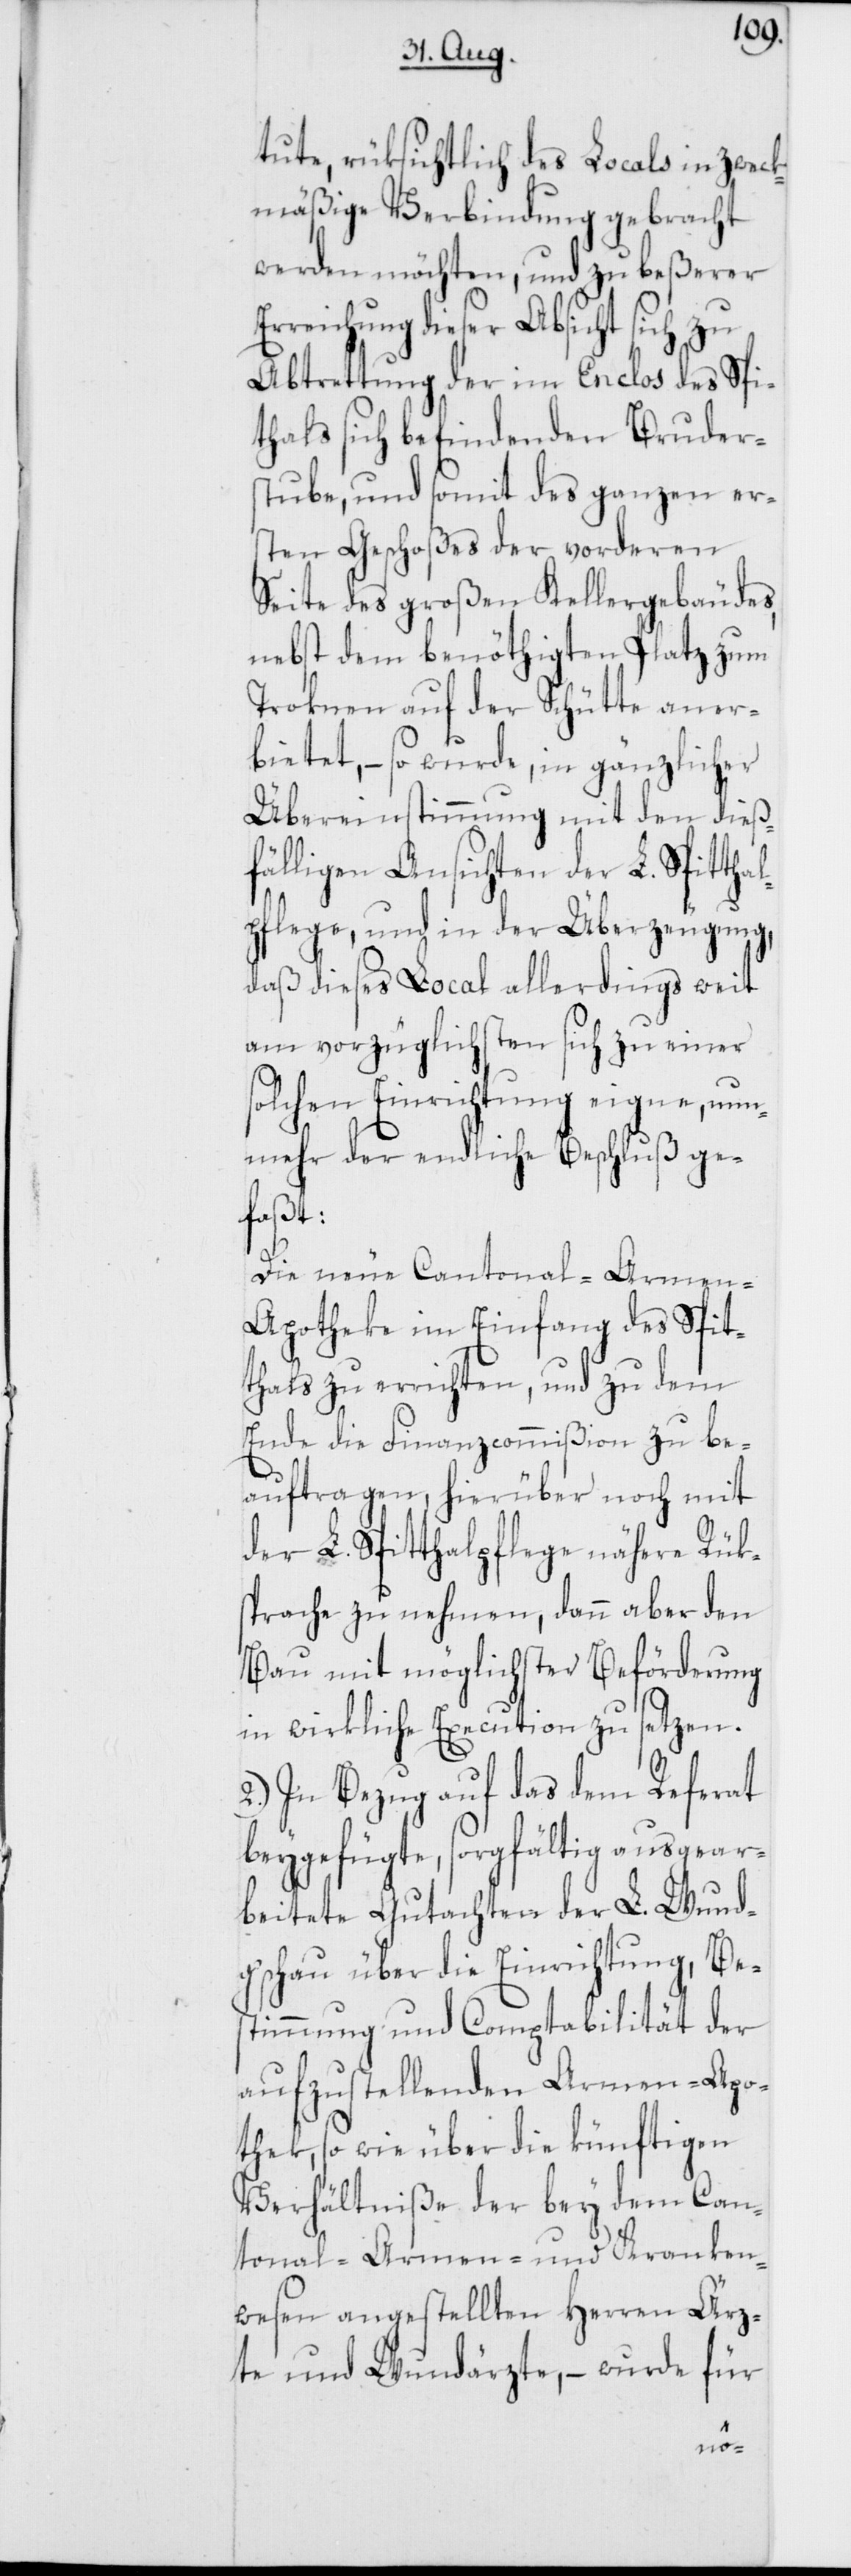
tute, rüksichtlich des Locals in zweck¬
mäßige Verbindung gebracht
werden möchten, und zu beßerer
reichung dieser Absicht sich zu
Abtrettung der im Enclos des Spit¬
thals sich befindenden Bruder¬
stube, und somit des ganzen ers¬
ten Geschoßes der vorderen
Seite des großen Kellergebäudes,
nebst dem benöthigten Platz zum
Trocknen auf der Schütte aner¬
bietet, – so wurde, in gänzlicher
Übereinstimmung mit den dieß¬
fälligen Ansichten der L. Spitthal¬
pflege, und in der Überzeugung,
daß dieses Local allerdings weit
am vorzüglichsten sich zu einer
solchen Einrichtung eigne, nun¬
mehr der endliche Beschluß ge¬
faßt:
Die neue Cantonal-Armen-A¬
potheke im Einfang des Spit¬
thals zu errichten, und zu dem
Ende die Finanzcommißion zu be¬
auftragen, hierüber noch mit
der L. Spitthalpflege nähere Rüks¬
prache zu nehmen, dann aber den
Bau mit möglichster Beförderung
in wirkliche Execution zu setzen.
In Bezug auf das dem Referat
beygefügte, sorgfältig ausgear¬
beitete Gutachten der L. Wund¬
g'schau über die Einrichtung, Be¬
stimmung und Comptabilität der
aufzustellenden Armen-Apo¬
theke, sowie über die künftigen
Verhältniße der bey dem Can¬
tonal-Armen- und Kranken¬
wesen angestellten Herren Ärz¬
te und Wundärzte, – wurde für
Er¬